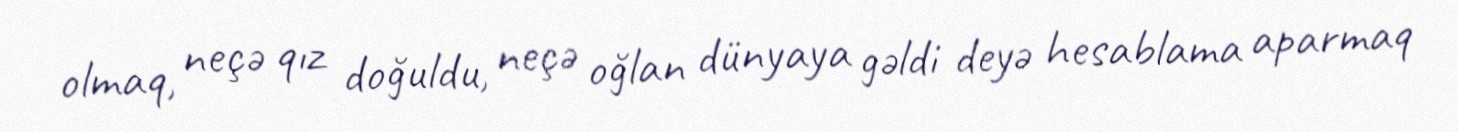
olmaq, neçə qız doğuldu, neçə oğlan dünyaya gəldi deyə hesablama aparmaq